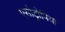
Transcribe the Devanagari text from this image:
एसोट्रोपिया